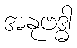
အနုဗဒ္ဓါ